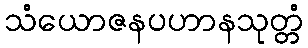
သံယောဇနပဟာနသုတ္တံ